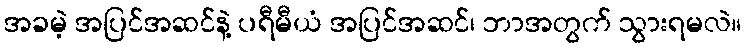
အခမဲ့ အပြင်အဆင်နဲ့ ပရီမီယံ အပြင်အဆင်၊ ဘာအတွက် သွားရမလဲ။